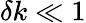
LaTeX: \delta k\ll 1